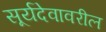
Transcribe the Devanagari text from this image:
सूर्यदेवावरील